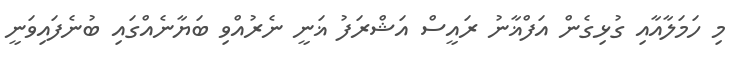
މި ހަމަލާއާއި ގުޅިގެން އަފްޣާނު ރައީސް އަޝްރަފު ޣަނީ ނެރުއްވި ބަޔާނެއްގައި ބުނެފައިވަނީ